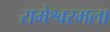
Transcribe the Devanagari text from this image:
रामेश्वरमला